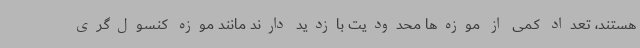
هستند، تعداد کمی از موزه‌ها محدودیت بازدید دارند مانند موزه کنسول‌گری